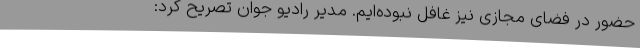
حضور در فضای مجازی نیز غافل نبوده‌ایم. مدیر رادیو جوان تصریح کرد: